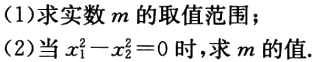
(1)求实数\(m\)的取值范围；

(2)当\(x_{1}^{2}-x_{2}^{2}=0\)时，求\(m\)的值.